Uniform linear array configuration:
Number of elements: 8
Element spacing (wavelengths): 0.25
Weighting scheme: uniform
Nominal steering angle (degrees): -60
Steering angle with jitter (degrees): -60.656
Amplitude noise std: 0.05
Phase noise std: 0.05

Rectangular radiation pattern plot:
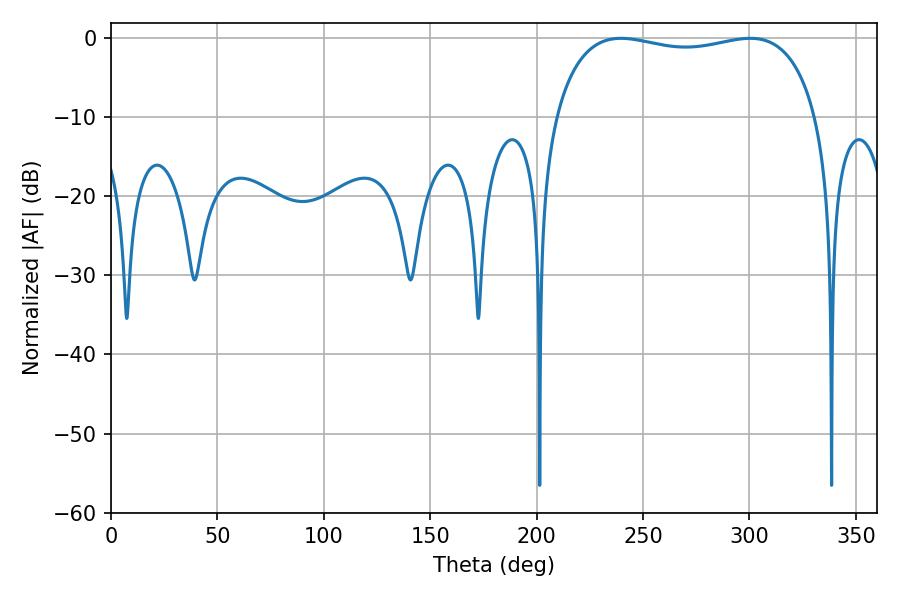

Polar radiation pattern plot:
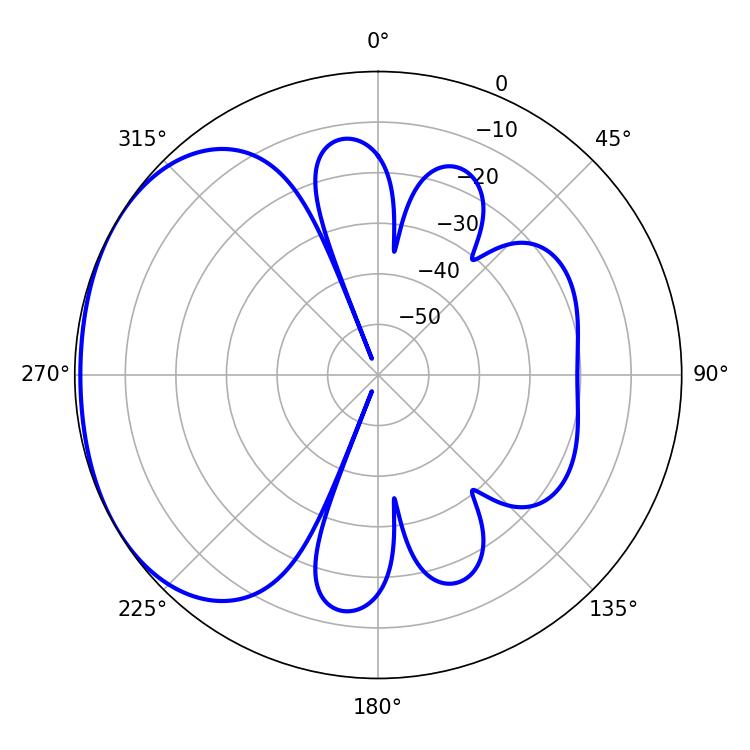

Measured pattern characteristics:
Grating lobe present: FALSE
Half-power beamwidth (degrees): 100.08
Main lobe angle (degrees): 300.42